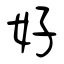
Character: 好